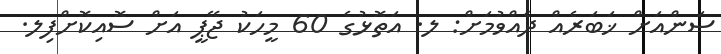
ސަންއަށް ޚަބަރެއް ދެއްވުމަށް: ލ. އަތޮޅުގެ 60 މީހަކު ޖޭޕީ އަށް ސޮއިކޮށްފިލ.